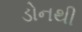
ડોનથી